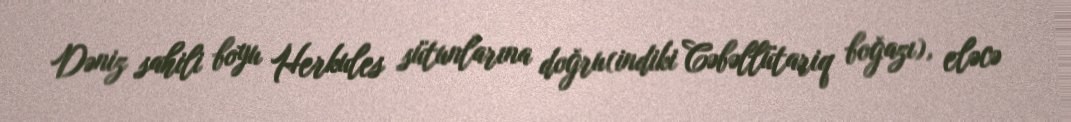
Dəniz sahili boyu Herkules sütunlarına doğru(indiki Cəbəllütariq boğazı), eləcə